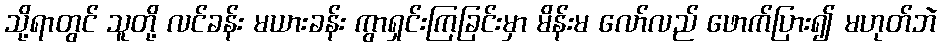
သို့ရာတွင် သူတို့ လင်ခန်း မယားခန်း ကွာရှင်းကြခြင်းမှာ မိန်းမ လော်လည် ဖောက်ပြား၍ မဟုတ်ဘဲ